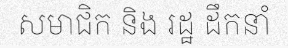
សមាជិក និង រដ្ឋ ដឹកនាំ